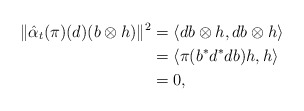
\begin{align*} \|\hat{\alpha}_t(\pi)(d)(b\otimes h)\|^2 &=\langle db\otimes h,db\otimes h\rangle\\ &=\langle \pi(b^*d^*db)h,h\rangle\\ &=0, \end{align*}